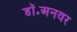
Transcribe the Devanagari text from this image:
डॉ॰अनवर